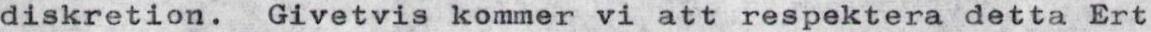
diskretion. Givetvis kommer vi att respektera detta Ert